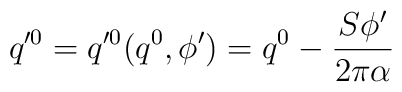
q'^{0}=q'^{0}(q^{0},\phi')=q^{0}-\frac{S \phi'}{2\pi \alpha}